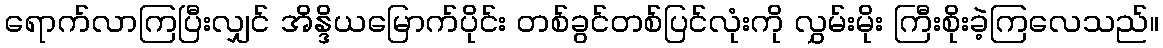
ရောက်လာကြပြီးလျှင် အိန္ဒိယမြောက်ပိုင်း တစ်ခွင်တစ်ပြင်လုံးကို လွှမ်းမိုး ကြီးစိုးခဲ့ကြလေသည်။